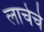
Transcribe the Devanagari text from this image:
लाचेचे